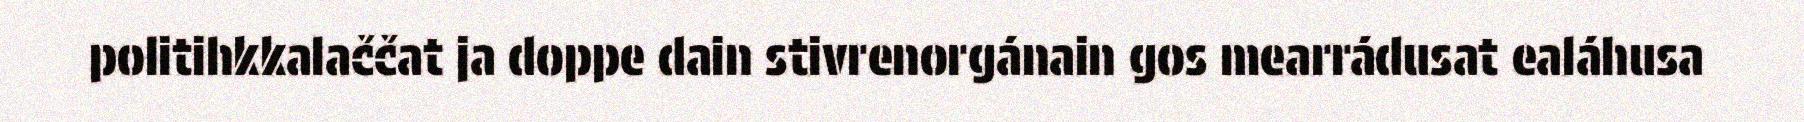
politihkkalaččat ja doppe dain stivrenorgánain gos mearrádusat ealáhusa